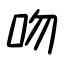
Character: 吻